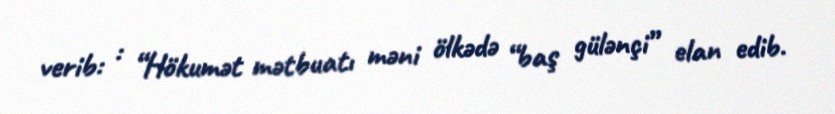
verib: : “Hökumət mətbuatı məni ölkədə “baş gülənçi” elan edib.